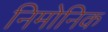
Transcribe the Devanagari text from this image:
निमोनिक